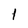
Character: 1